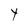
Character: Y